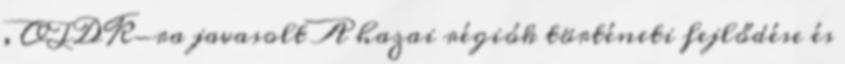
, OTDK-ra javasolt A hazai régiók történeti fejlődése és